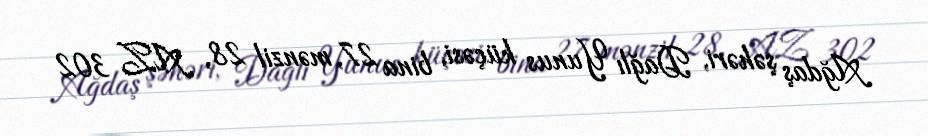
Ağdaş şəhəri, Dağlı Yunus küçəsi, bina 27, mənzil 28, AZ 302